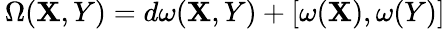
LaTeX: \, \Omega(\mathbf{X},Y)=d\omega(\mathbf{X},Y)+[\omega(\mathbf{X}),\omega(Y)]